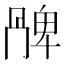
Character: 𠕩